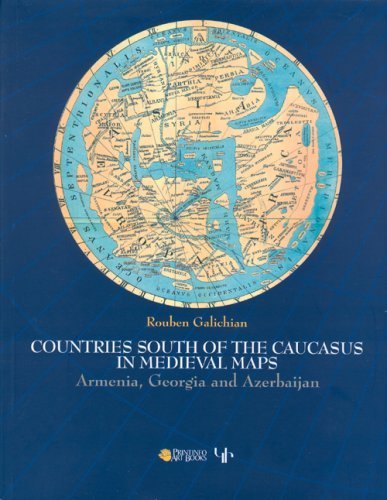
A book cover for Countries of the Caucasus in Medieval Maps: Armenia, Georgia and Azerbaijan by Galichian, Rouben (2007) Perfect Paperback; Rouben Galichian; Travel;